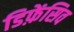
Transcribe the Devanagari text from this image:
डिफ़ेंसिव